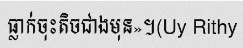
ធ្លាក់ចុះតិចជាងមុន»។(Uy Rithy